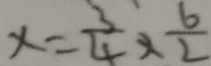
x = \frac { 3 } { 4 } \times \frac { 6 } { 2 }